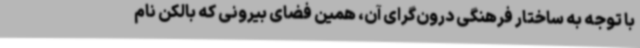
با توجه به ساختار فرهنگی درون‌گرای آن، همین فضای بیرونی که بالکن نام